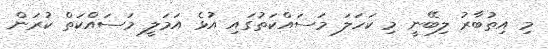
މި އިތުބާރު ލިބޭނީ މި ކަހަލަ މަސައްކަތުގައި އުޅެ އަމަލީ މަސައްކަތް ކުރަން